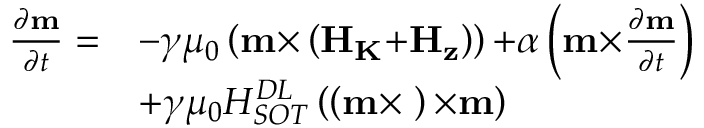
\begin{array} { l l } { \frac { { \partial } { \bf { m } } } { { \partial } t } = } & { - \gamma { \mu } _ { 0 } \left( { \bf { m } } { \times } \left( { \bf { { H } } } _ { \bf { { K } } } { + } { \bf { { H } } } _ { \bf { { z } } } \right) \right) { + } \alpha \left( { \bf { m } } { \times } \frac { { \partial } { \bf { m } } } { { \partial } t } \right) } \\ & { { + } \gamma { \mu } _ { 0 } H _ { { S O T } } ^ { { D L } } \left( \left( { \bf { m } } { \times } { \bf { \sigma } } \right) { \times } { \bf { m } } \right) } \end{array}